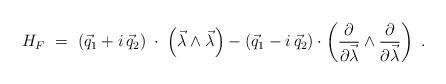
LaTeX: \begin{align*}H_F\ = \ \left( \vec{q}_1 + i\,\vec{q}_2\right)\;\cdot\; \left( \vec{\lambda} \wedge \vec{\lambda}\right) - \left( \vec{q}_1 - i\,\vec{q}_2\right) \cdot\left(\frac{\partial}{\partial\vec{\lambda}} \wedge \frac{\partial}{\partial\vec{\lambda}}\right) \ .\end{align*}